65_HS1-834228961_62-HQ-83894_Section_7
Agency: FBI
Page 162
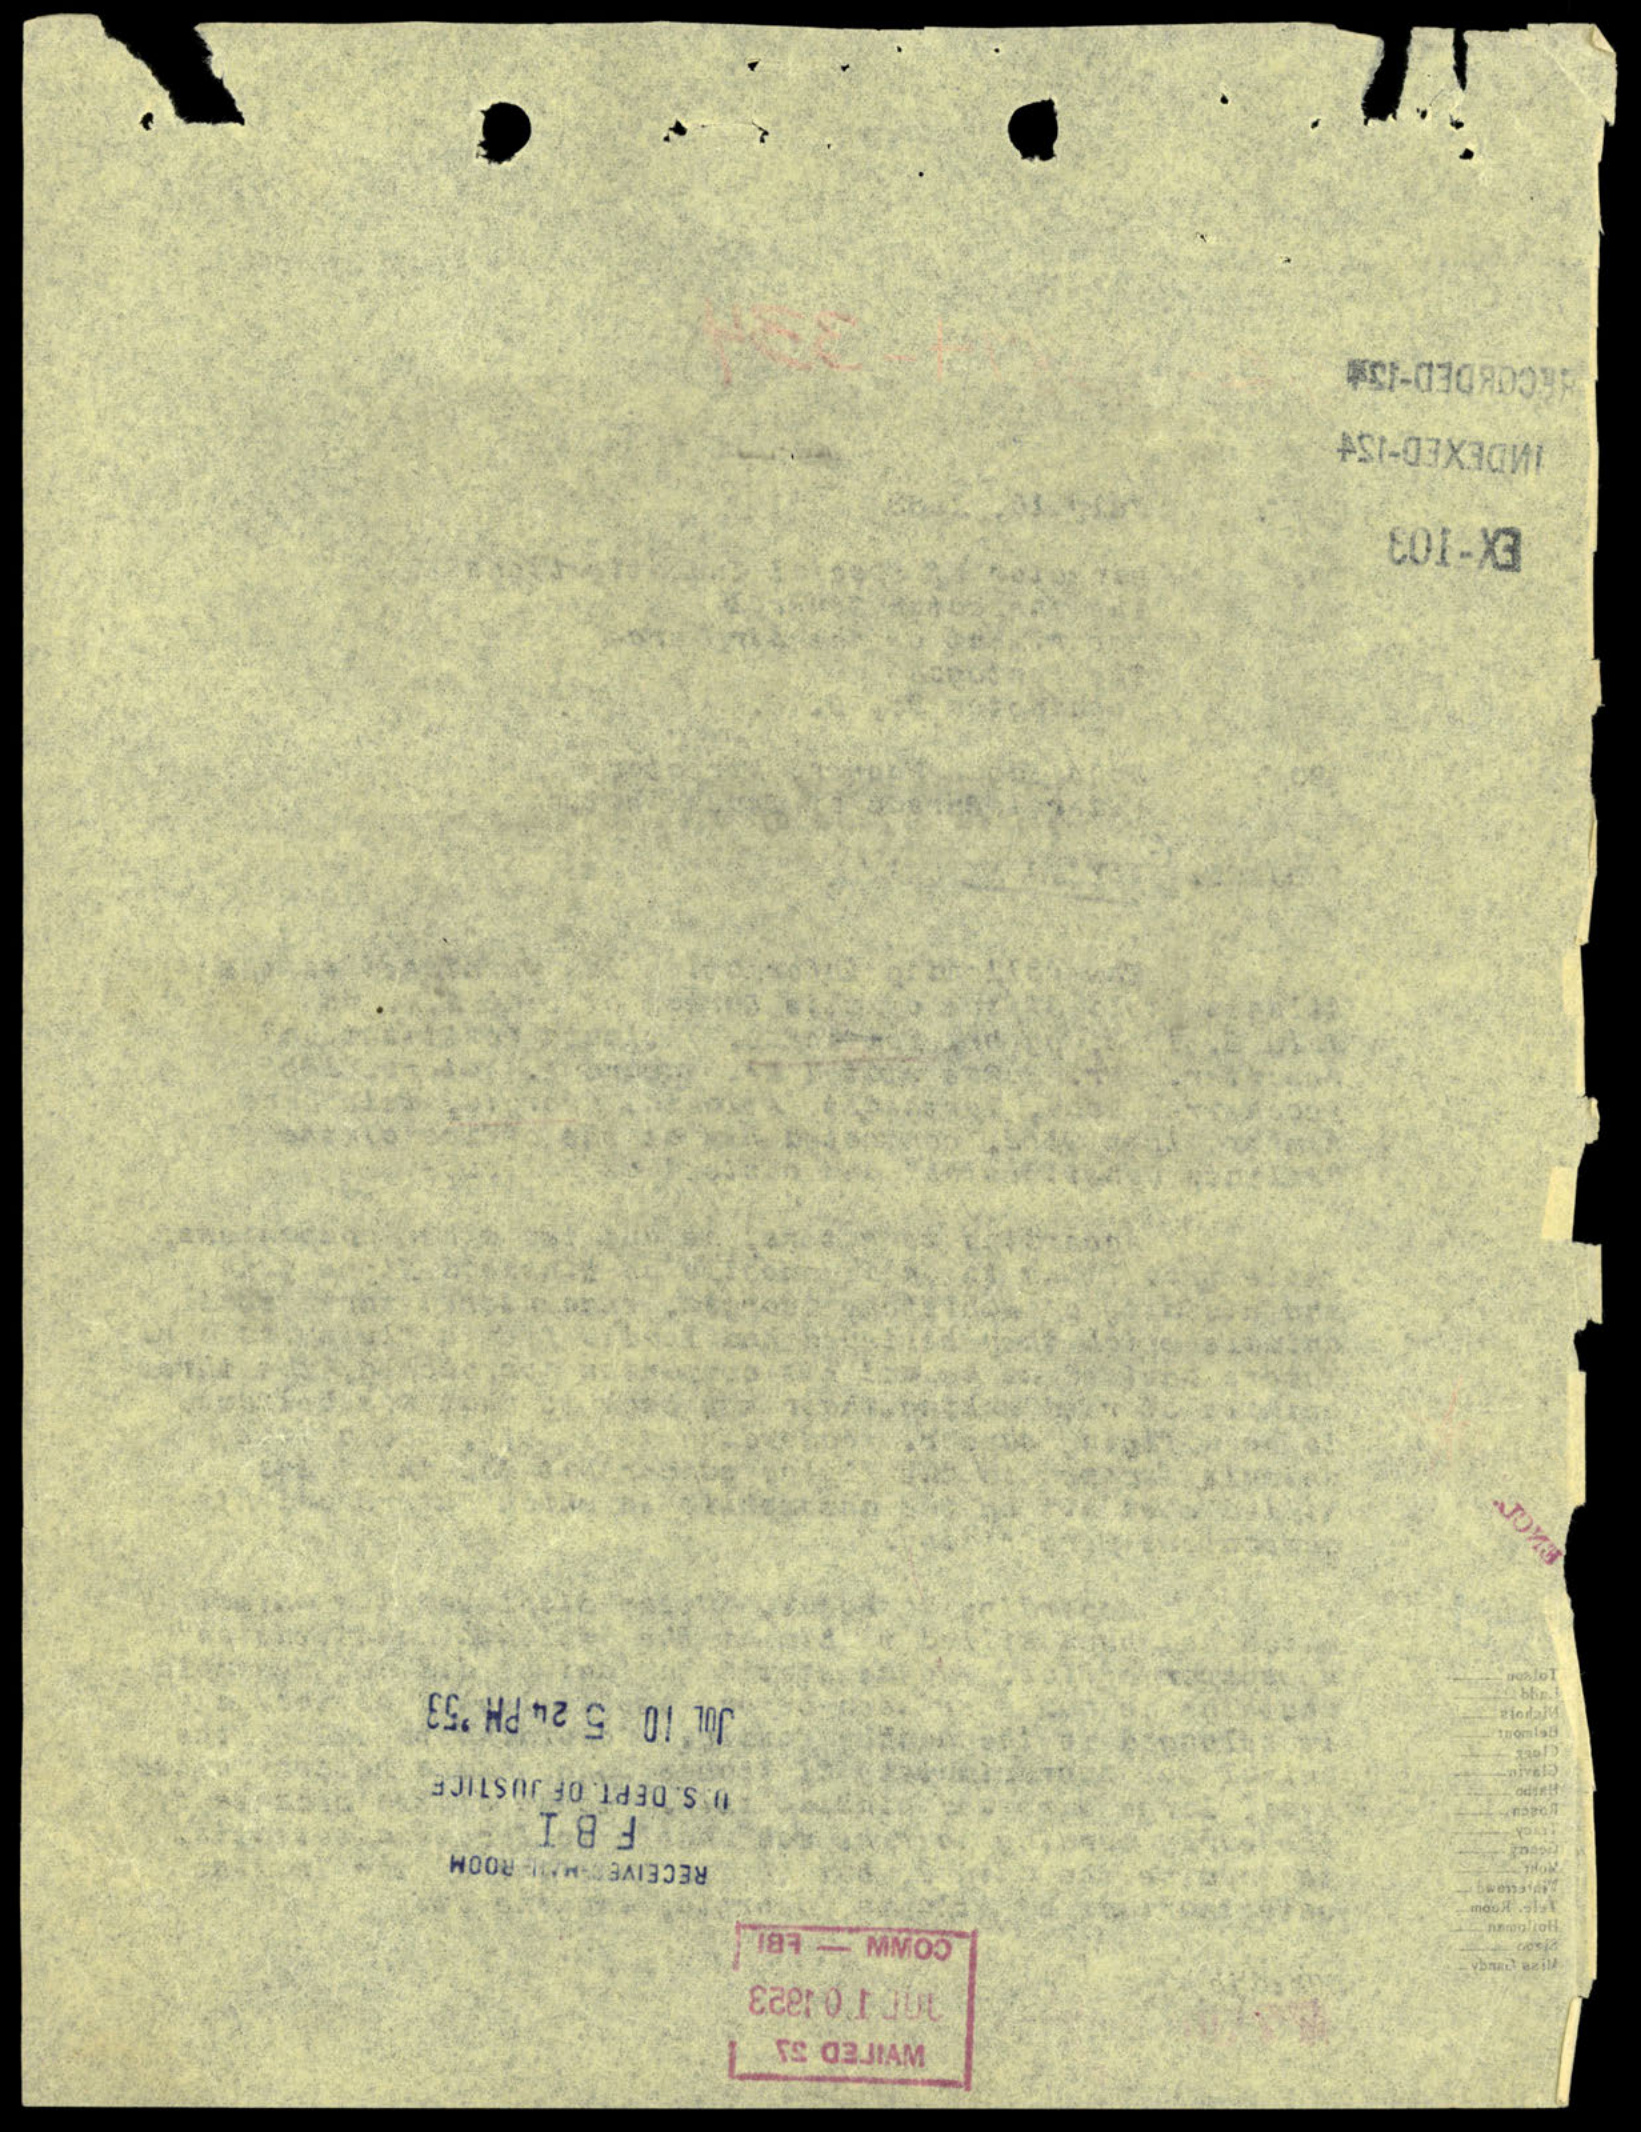